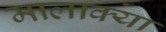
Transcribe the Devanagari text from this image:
मालाक्‍या